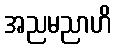
အညမညာဟိ